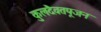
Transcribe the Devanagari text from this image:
कुलदैवतपूजन